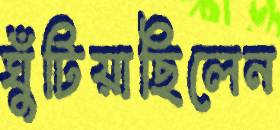
ঘুঁটিয়াছিলেন